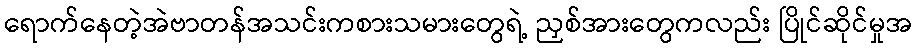
ရောက်နေတဲ့အဲဗာတန်အသင်းကစားသမားတွေရဲ့ ညှစ်အားတွေကလည်း ပြိုင်ဆိုင်မှုအ